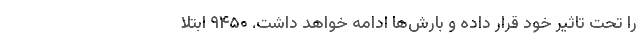
را تحت تاثیر خود قرار داده و بارش‌ها ادامه خواهد داشت. ۹۴۵۰ ابتلا